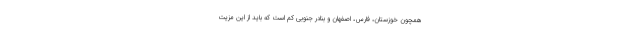
همچون خوزستان، فارس، اصفهان و بنادر جنوبی کم است که باید از این مزیت